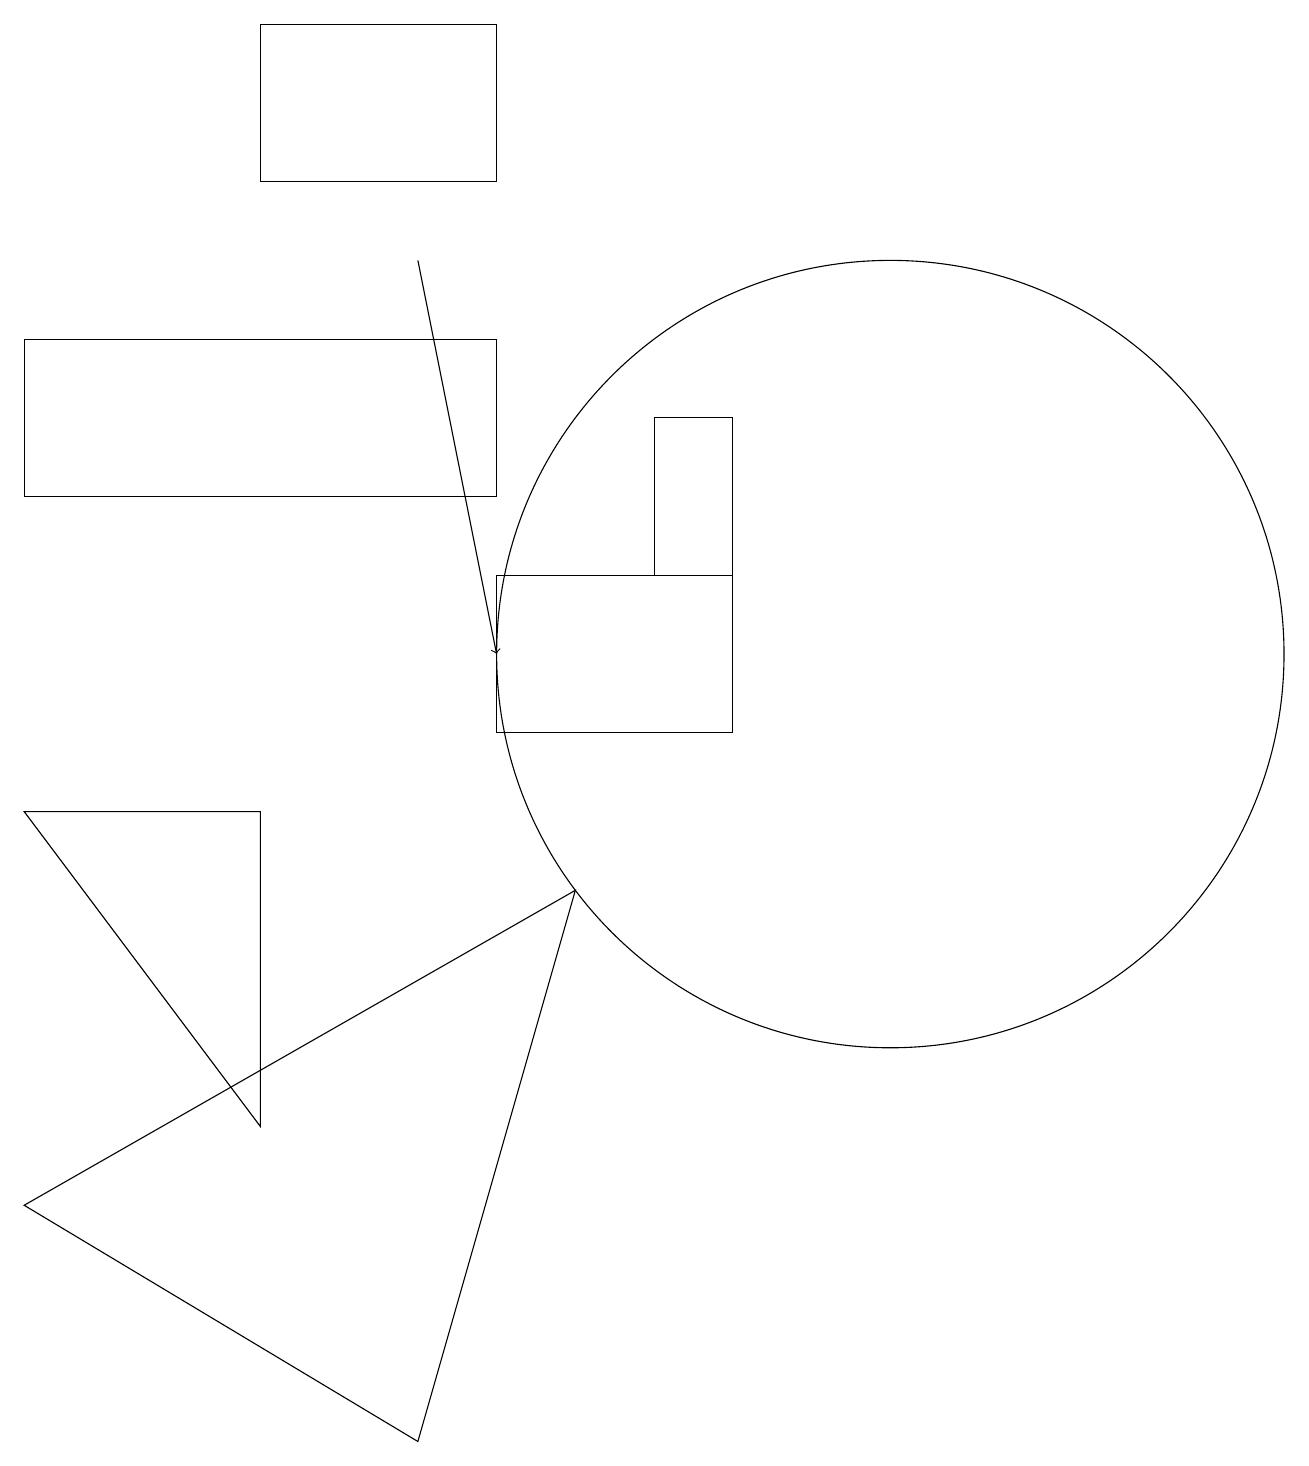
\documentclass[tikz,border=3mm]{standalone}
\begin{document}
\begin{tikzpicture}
\draw[->] (5,16) -- (6,11);
\draw (11,11) circle (5);
\draw (0,4) -- (7,8) -- (5,1) -- cycle;
\draw (6,17) rectangle (3,19);
\draw (6,13) rectangle (0,15);
\draw (0,9) -- (3,5) -- (3,9) -- cycle;
\draw (6,12) rectangle (9,10);
\draw (8,12) rectangle (9,14);
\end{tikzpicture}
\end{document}